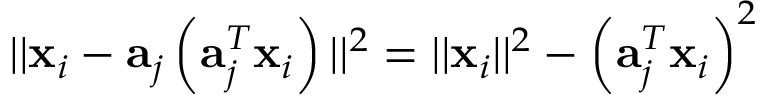
| | { \bf { x } } _ { i } - { \bf { a } } _ { j } \left( { \bf { a } } _ { j } ^ { T } { \bf { x } } _ { i } \right) | | ^ { 2 } = | | { \bf { x } } _ { i } | | ^ { 2 } - \left( { \bf { a } } _ { j } ^ { T } { \bf { x } } _ { i } \right) ^ { 2 }